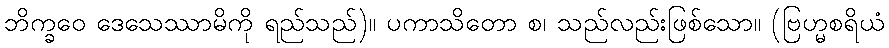
ဘိက္ခဝေ ဒေသေဿာမိကို ရည်သည်)။ ပကာသိတော စ၊ သည်လည်းဖြစ်သော။ (ဗြဟ္မစရိယံ